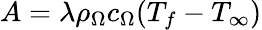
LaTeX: A=\lambda\rho_{\Omega}c_{\Omega}(T_{f}-T_{\infty})